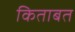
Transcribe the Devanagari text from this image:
किताबत